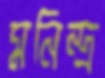
মনিন্দ্র